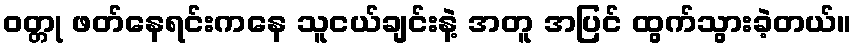
ဝတ္တု ဖတ်နေရင်းကနေ သူငယ်ချင်းနဲ့ အတူ အပြင် ထွက်သွားခဲ့တယ်။